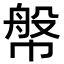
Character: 幋